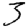
Digit: 3